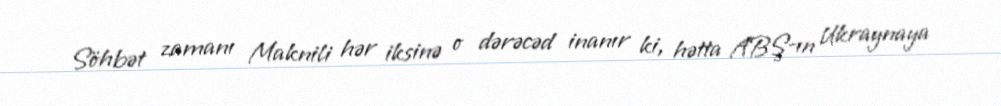
Söhbət zamanı Maknili hər iksinə o dərəcəd inanır ki, hətta ABŞ-ın Ukraynaya